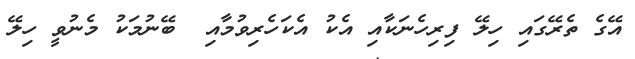
އޭގެ ތެރޭގައި ހިލޭ ފިރިހެނަކާއި އެކު އެކަހެރިވުމާއި  ބޭނުމަކު މެނުވީ ހިލޭ